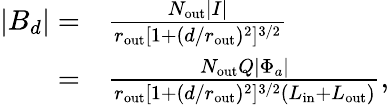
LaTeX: \begin{array}{rl}{|B_{d}|=}&{\frac{N_{\mathrm{out}}|I|}{r_{\mathrm{out}}[1+(d/r_{\mathrm{out}})^{2}]^{3/2}}}\\ {=}&{\frac{N_{\mathrm{out}}Q|\Phi_{a}|}{r_{\mathrm{out}}[1+(d/r_{\mathrm{out}})^{2}]^{3/2}(L_{\mathrm{in}}+L_{\mathrm{out}})},}\end{array}